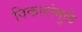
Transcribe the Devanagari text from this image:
विकारांमुळे